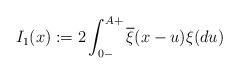
LaTeX: \begin{align*}I_1(x) := 2\int_{0-}^{A+}\overline{ \xi}(x-u)\xi(du)\end{align*}